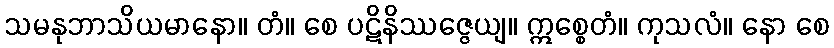
သမနုဘာသိယမာနော။ တံ။ စေ ပဋိနိဿဇ္ဇေယျ။ ဣစ္စေတံ။ ကုသလံ။ နော စေ